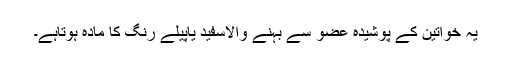
یہ خواتین کے پوشیدہ عضو سے بہنے والاسفید یاپیلے رنگ کا مادہ ہوتاہے۔